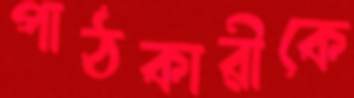
পাঠকারীকে